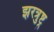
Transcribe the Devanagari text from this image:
झरत्रुष्ट्र